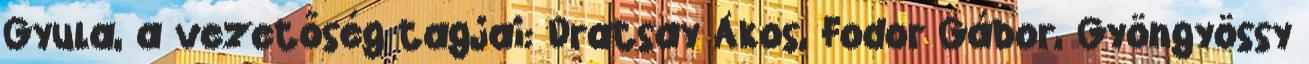
Gyula, a vezetőség tagjai: Dratsay Ákos, Fodor Gábor, Gyöngyössy